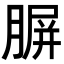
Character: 𦝷